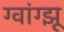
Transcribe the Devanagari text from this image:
ग्वांग्झू